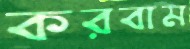
করবাম